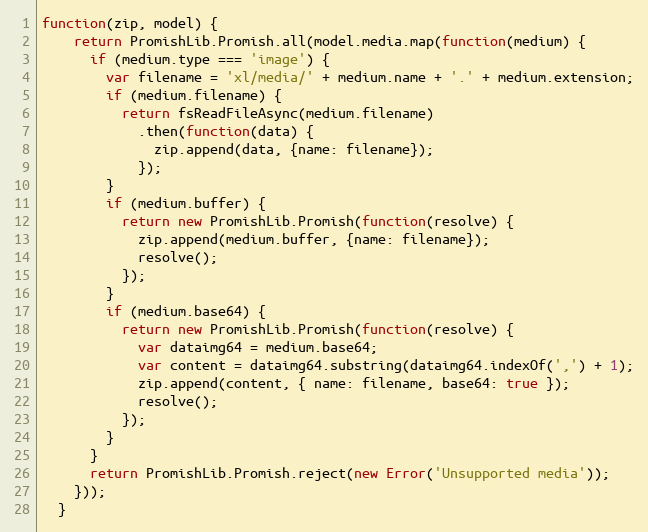
Language: JavaScript
function(zip, model) {
    return PromishLib.Promish.all(model.media.map(function(medium) {
      if (medium.type === 'image') {
        var filename = 'xl/media/' + medium.name + '.' + medium.extension;
        if (medium.filename) {
          return fsReadFileAsync(medium.filename)
            .then(function(data) {
              zip.append(data, {name: filename});
            });
        }
        if (medium.buffer) {
          return new PromishLib.Promish(function(resolve) {
            zip.append(medium.buffer, {name: filename});
            resolve();
          });
        }
        if (medium.base64) {
          return new PromishLib.Promish(function(resolve) {
            var dataimg64 = medium.base64;
            var content = dataimg64.substring(dataimg64.indexOf(',') + 1);
            zip.append(content, { name: filename, base64: true });
            resolve();
          });
        }
      }
      return PromishLib.Promish.reject(new Error('Unsupported media'));
    }));
  }